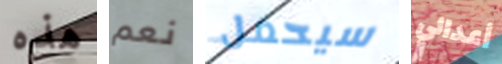
هذه نعم سيحمل أعدائي